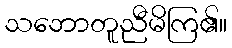
သဘောတူညီမိကြ၏။